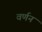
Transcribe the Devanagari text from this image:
वर्णनं